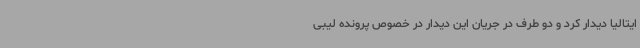
ایتالیا دیدار کرد و دو طرف در جریان این دیدار در خصوص پرونده لیبی